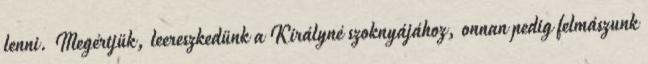
lenni. Megértjük, leereszkedünk a Királyné szoknyájához, onnan pedig felmászunk